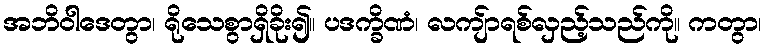
အဘိဝါဒေတွာ၊ ရိုသေစွာရှိခိုး၍။ ပဒက္ခိဏံ၊ လကျ်ာရစ်လှည့်သည်ကို။ ကတွာ၊